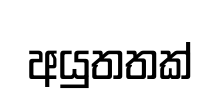
අයුතතක්